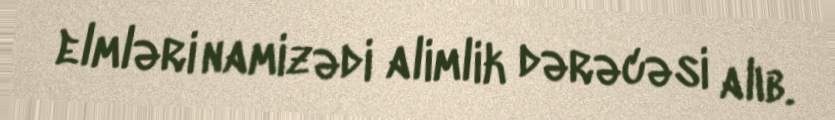
elmləri namizədi alimlik dərəcəsi alıb.